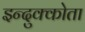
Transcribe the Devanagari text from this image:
इन्दुक्कोता